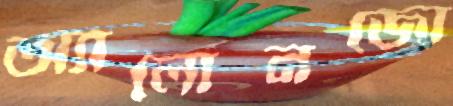
অ্যালোনজো